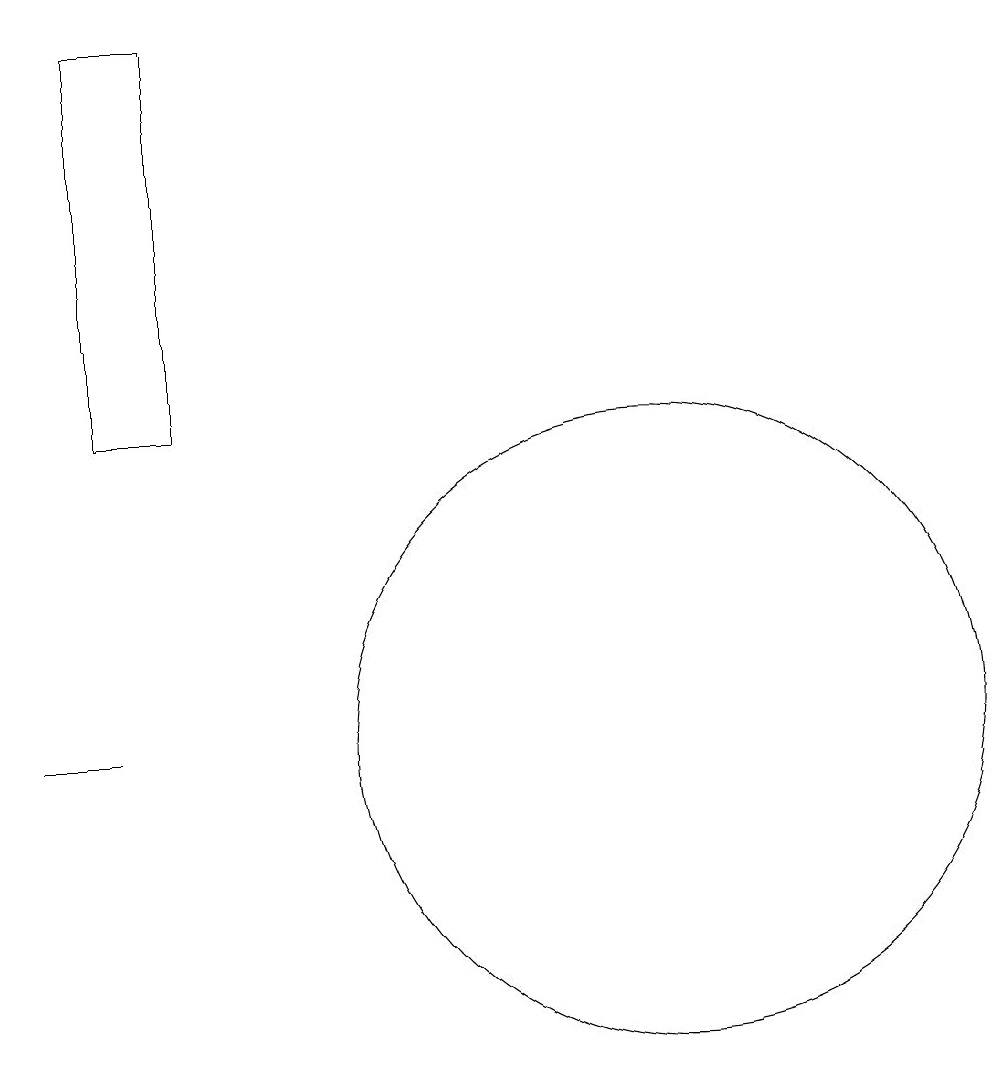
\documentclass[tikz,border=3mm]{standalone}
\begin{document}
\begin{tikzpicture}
\draw (4,19) rectangle (3,14);
\draw (3,10) rectangle (2,10);
\draw (10,10) circle (4);
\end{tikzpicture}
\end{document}